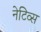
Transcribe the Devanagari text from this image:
नेटिव्स